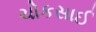
ચોકસાઈ